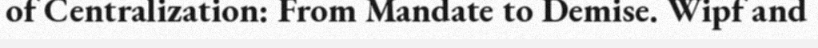
of Centralization: From Mandate to Demise. Wipf and